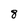
Character: 8